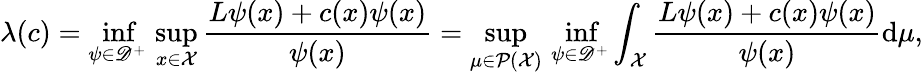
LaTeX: \lambda(c)=\operatorname*{inf}_{\psi\in{\mathscr{D}}^{+}}\, \operatorname*{sup}_{x\in{\mathcal{X}}}\frac{L\psi(x)+c(x)\psi(x)}{\psi(x)}=\operatorname*{sup}_{\mu\in{\mathcal{P}}({\mathcal{X}})}\, \operatorname*{inf}_{\psi\in{\mathscr{D}}^{+}}\int_{{\mathcal{X}}}\frac{L\psi(x)+c(x)\psi(x)}{\psi(x)}\mathrm{d}\mu,